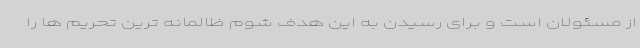
از مسئولان است و برای رسیدن به این هدف شوم ظالمانه ترین تحریم ها را